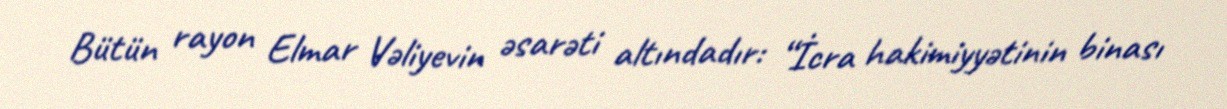
Bütün rayon Elmar Vəliyevin əsarəti altındadır: “İcra hakimiyyətinin binası